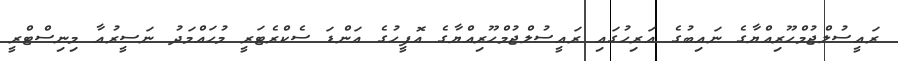
ރައީސުލްޖުމްހޫރިއްޔާގެ ނައިބުގެ އަރިހުގައި ރައީސުލްޖުމްހޫރިއްޔާގެ އޮފީހުގެ އަންޑަ ސެކްރެޓަރީ މުހައްމަދު ނަސީރުއާ މިނިސްޓްރީ